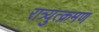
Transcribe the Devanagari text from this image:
रात्र्युत्क्रमण